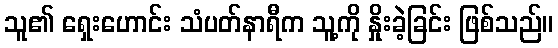
သူ၏ ရှေးဟောင်း သံပတ်နာရီက သူ့ကို နှိုးခဲ့ခြင်း ဖြစ်သည်။